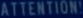
ATTENTION!